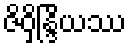
ဇိဝှိန္ဒြိယဿ